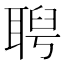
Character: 𦖙